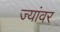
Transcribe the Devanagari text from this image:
ज्यांवर